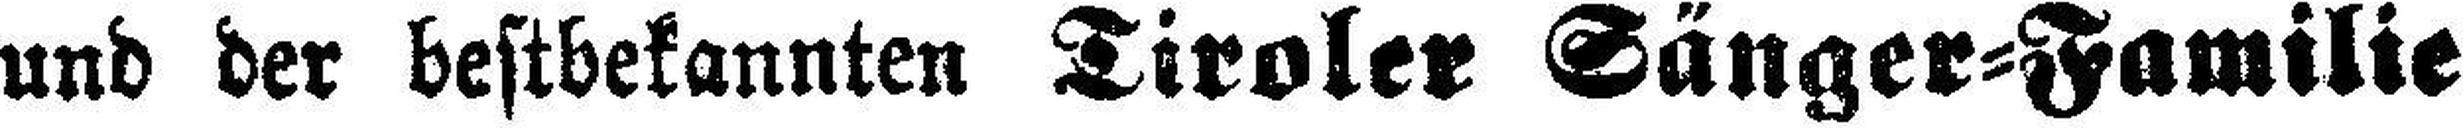
und der bestbekannten Tiroler Sänger=Familie